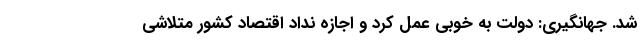
شد. جهانگیری: دولت به خوبی عمل کرد و اجازه نداد اقتصاد کشور متلاشی